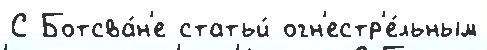
С Ботсва́н'е статьи́ огн'естр'е́льным